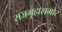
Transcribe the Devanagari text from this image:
राजगृहासमोर